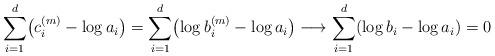
LaTeX: \begin{align*}\sum_{i=1}^d\bigl(c_i^{(m)}-\log a_i\bigr)=\sum_{i=1}^d\bigl(\log b_i^{(m)}-\log a_i\bigr)\longrightarrow\sum_{i=1}^d(\log b_i-\log a_i)=0\end{align*}